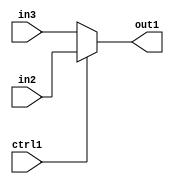
`timescale 1ps / 1ps
/*****************************************************************************
    Verilog RTL Description
    
    
    Created by: Stratus DpOpt 2019.1.01 
*******************************************************************************/

module pe_array_N_Muxb_1_2_2_1 (
	in3,
	in2,
	ctrl1,
	out1
	); /* architecture "behavioural" */ 
input  in3,
	in2,
	ctrl1;
output  out1;
wire  asc001;

reg [0:0] asc001_tmp_0;
assign asc001 = asc001_tmp_0;
always @ (ctrl1 or in2 or in3) begin
	case (ctrl1)
		1'B1 : asc001_tmp_0 = in2 ;
		default : asc001_tmp_0 = in3 ;
	endcase
end

assign out1 = asc001;
endmodule

/* CADENCE  uLT4Sgk= : u9/ySgnWtBlWxVPRXgAZ4Og= ** DO NOT EDIT THIS LINE ******/